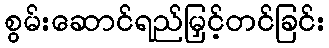
စွမ်းဆောင်ရည်မြှင့်တင်ခြင်း